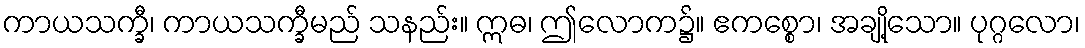
ကာယသက္ခီ၊ ကာယသက္ခီမည် သနည်း။ ဣဓ၊ ဤလောက၌။ ဧကစ္စော၊ အချို့သော။ ပုဂ္ဂလော၊